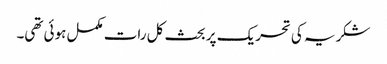
شکریہ کی تحریک پر بحث کل رات مکمل ہوئی تھی۔